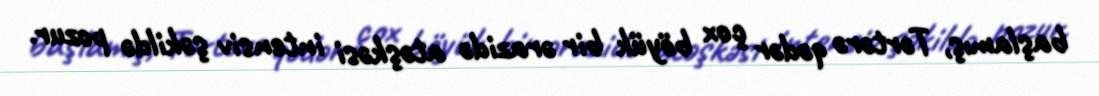
başlamış, Tərtərə qədər çox böyük bir ərazidə atəşkəsi intensiv şəkildə pozur.